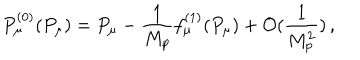
P _ { \mu } ^ { ( 0 ) } ( P _ { \mu } ) = P _ { \mu } - \frac { 1 } { M _ { p } } f _ { \mu } ^ { ( 1 ) } ( P _ { \mu } ) + { \cal O } ( \frac { 1 } { M _ { p } ^ { 2 } } ) \, ,